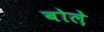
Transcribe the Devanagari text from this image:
बोले़